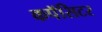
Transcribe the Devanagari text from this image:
कपॅसिटर